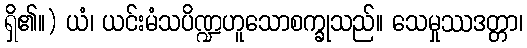
ရှိ၏။) ယံ၊ ယင်းမံသပိဏ္ဍဟူသောစက္ခုသည်။ သေမှုဿဒတ္တာ၊